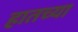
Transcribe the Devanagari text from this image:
हातच्या